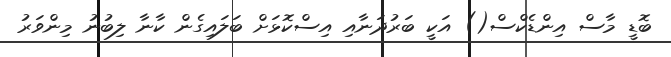
ބޮޑީ މާސް އިންޑެކްސް() އަކީ ބަރުދަނާއި އިސްކޮޅަށް ބަލައިގެން ކާނާ ލިބުނު މިންވަރު